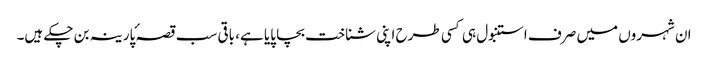
ان شہروں میں صرف استنبول ہی کسی طرح اپنی شناخت بچا پایا ہے، باقی سب قصہ ٔپارینہ بن چکے ہیں۔